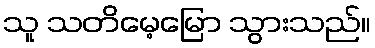
သူ သတိမေ့မြော သွားသည်။